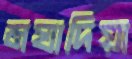
মঘাদিয়া